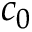
c _ { 0 }